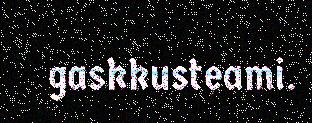
gaskkusteami.